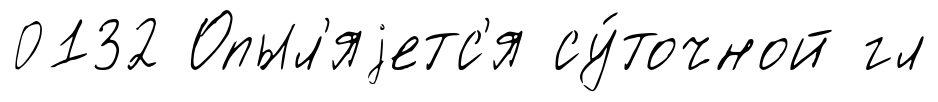
0132 Опыл'яjетс'я су́точной гл